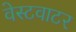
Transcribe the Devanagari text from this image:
वेस्टवाटर